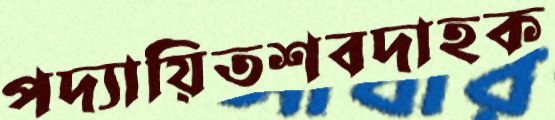
পদ্যায়িতশবদাহক